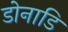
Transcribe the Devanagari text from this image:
डोनाडि